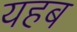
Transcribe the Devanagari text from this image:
यहब